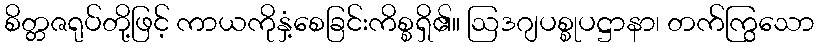
စိတ္တဇရုပ်တို့ဖြင့် ကာယကိုနှံ့စေခြင်းကိစ္စရှိ၏။ ဩဒဂျပစ္စုပဋ္ဌာနာ၊ တက်ကြွသော